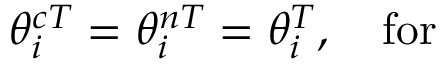
\, \, \theta _ { i } ^ { c T } = \theta _ { i } ^ { n T } = \theta _ { i } ^ { T } , \quad \mathrm { f o r ~ \quad ~ }